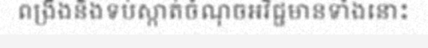
ពង្រឹងនិងទប់ស្កាត់ចំណុចអវិជ្ជមានទាំងនោះ